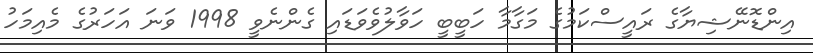
އިންޑޮނޭޝިޔާގެ ރައީސްކަމުގެ މަގާމާ ހަބީބީ ހަވާލުވެވަޑައި ގެންނެވީ 1998 ވަނަ އަހަރުގެ މެއިމަހު